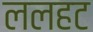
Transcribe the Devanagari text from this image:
ललहट